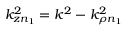
k _ { z n _ { 1 } } ^ { 2 } = k ^ { 2 } - k _ { \rho n _ { 1 } } ^ { 2 }